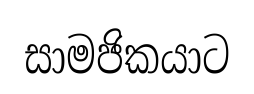
සාමජිකයාට